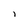
Character: I